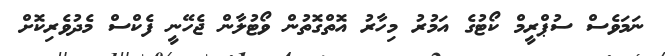
ނަމަވެސް ސުޕްރީމް ކޯޓުގެ އަމުރު މިހާރު އޮތްގޮތުން ވޯޓުލާން ޖެހޭނީ ފެކްސް މެދުވެރިކޮށް